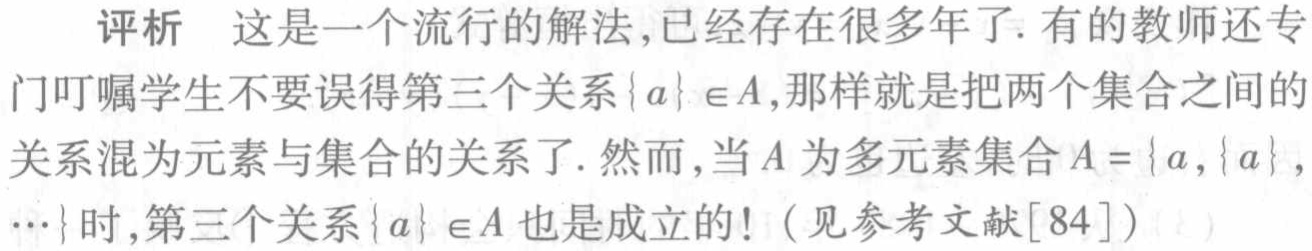
评析 这是一个流行的解法,已经存在很多年了. 有的教师还专门叮嘱学生不要误得第三个关系$\{a\} \in A$,那样就是把两个集合之间的关系混为元素与集合的关系了. 然而,当$A$为多元素集合$A = \{a,\{a\},\cdots\}$时,第三个关系$\{a\} \in A$也是成立的!（见参考文献$[84]$）